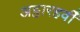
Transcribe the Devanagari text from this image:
अट्ठारहवीँ